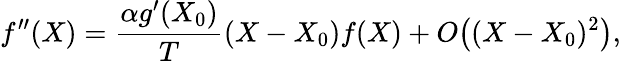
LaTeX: f^{\prime\prime}(X)=\frac{\alpha g^{\prime}(X_{0})}{T}(X-X_{0})f(X)+O\big((X-X_{0})^{2}\big),